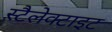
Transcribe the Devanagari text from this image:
स्टैलेक्टाइट